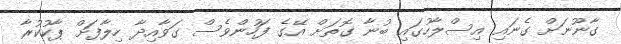
ގާނޫނަށް ގެނައި އިސްލާހުގައި ބުނާ ގޮތަށް އޭގެ ފަހުންވެސް ގަވާއިދާ ހިލާފަށް ޕާކުކުރާ